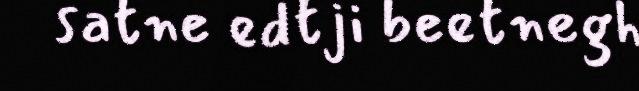
satne edtji beetnegh